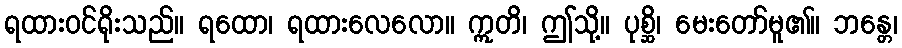
ရထားဝင်ရိုးသည်။ ရထော၊ ရထားလေလော။ ဣတိ၊ ဤသို့။ ပုစ္ဆိ၊ မေးတော်မူ၏။ ဘန္တေ၊